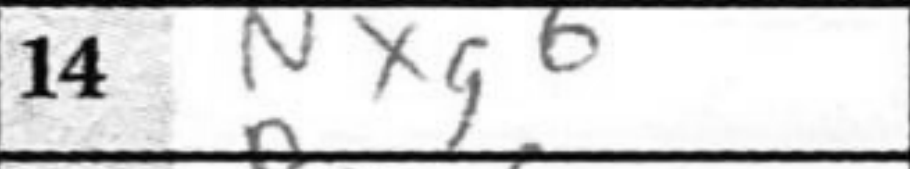
Transcription: Nxg6